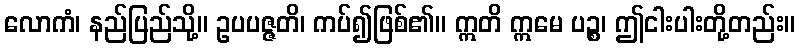
လောကံ၊ နည်ပြည်သို့။ ဥပပဇ္ဇတိ၊ ကပ်၍ဖြစ်၏။ ဣတိ ဣမေ ပဉ္စ၊ ဤငါးပါးတို့တည်း။